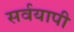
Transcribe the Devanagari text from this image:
सर्वयापी